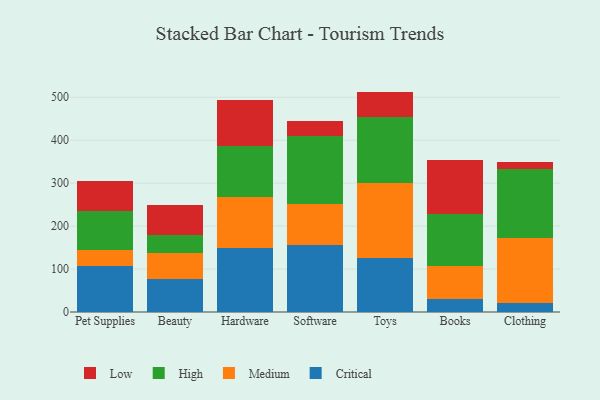
{"axis": {"x": "Category", "y": "Population (Million)"}, "legend": ["Critical", "High", "Low", "Medium"], "data": [{"x": "Pet Supplies", "y": 107.4, "type": "Critical"}, {"x": "Pet Supplies", "y": 38.1, "type": "Medium"}, {"x": "Pet Supplies", "y": 88.5, "type": "High"}, {"x": "Pet Supplies", "y": 70.6, "type": "Low"}, {"x": "Beauty", "y": 76.4, "type": "Critical"}, {"x": "Beauty", "y": 62.1, "type": "Medium"}, {"x": "Beauty", "y": 40.9, "type": "High"}, {"x": "Beauty", "y": 70.3, "type": "Low"}, {"x": "Hardware", "y": 148.5, "type": "Critical"}, {"x": "Hardware", "y": 119.0, "type": "Medium"}, {"x": "Hardware", "y": 118.7, "type": "High"}, {"x": "Hardware", "y": 106.5, "type": "Low"}, {"x": "Software", "y": 154.9, "type": "Critical"}, {"x": "Software", "y": 96.5, "type": "Medium"}, {"x": "Software", "y": 158.0, "type": "High"}, {"x": "Software", "y": 35.8, "type": "Low"}, {"x": "Toys", "y": 125.1, "type": "Critical"}, {"x": "Toys", "y": 174.6, "type": "Medium"}, {"x": "Toys", "y": 153.2, "type": "High"}, {"x": "Toys", "y": 60.2, "type": "Low"}, {"x": "Books", "y": 29.4, "type": "Critical"}, {"x": "Books", "y": 77.1, "type": "Medium"}, {"x": "Books", "y": 122.2, "type": "High"}, {"x": "Books", "y": 124.8, "type": "Low"}, {"x": "Clothing", "y": 22.0, "type": "Critical"}, {"x": "Clothing", "y": 151.0, "type": "Medium"}, {"x": "Clothing", "y": 160.1, "type": "High"}, {"x": "Clothing", "y": 15.8, "type": "Low"}]}